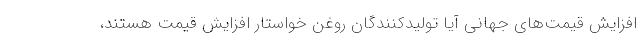
افزایش قیمت‌های جهانی آیا تولیدکنندگان روغن خواستار افزایش قیمت هستند،